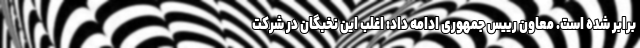
برابر شده است. معاون رییس جمهوری ادامه داد: اغلب این نخبگان در شرکت